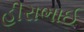
હીરાભાઈ